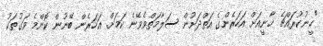
"ހީނުކުރައްޗެ ޚާނީއަށް އަހަރެންގެ އަތްދަށުން ސަލާމަތްވެވޭނެ ކަމަށް. އަހަރެން ބޭނުން ކޮންމެ ވަގުތަކު